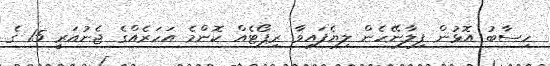
ހިސާބު އޮޅުން ފިލާނޭހެން ލިޔެފައިވާ ރިޕޯޓެއް ކޮންމެ އަހަރެއްގެ ޖެނުއަރީ 15 ގެ